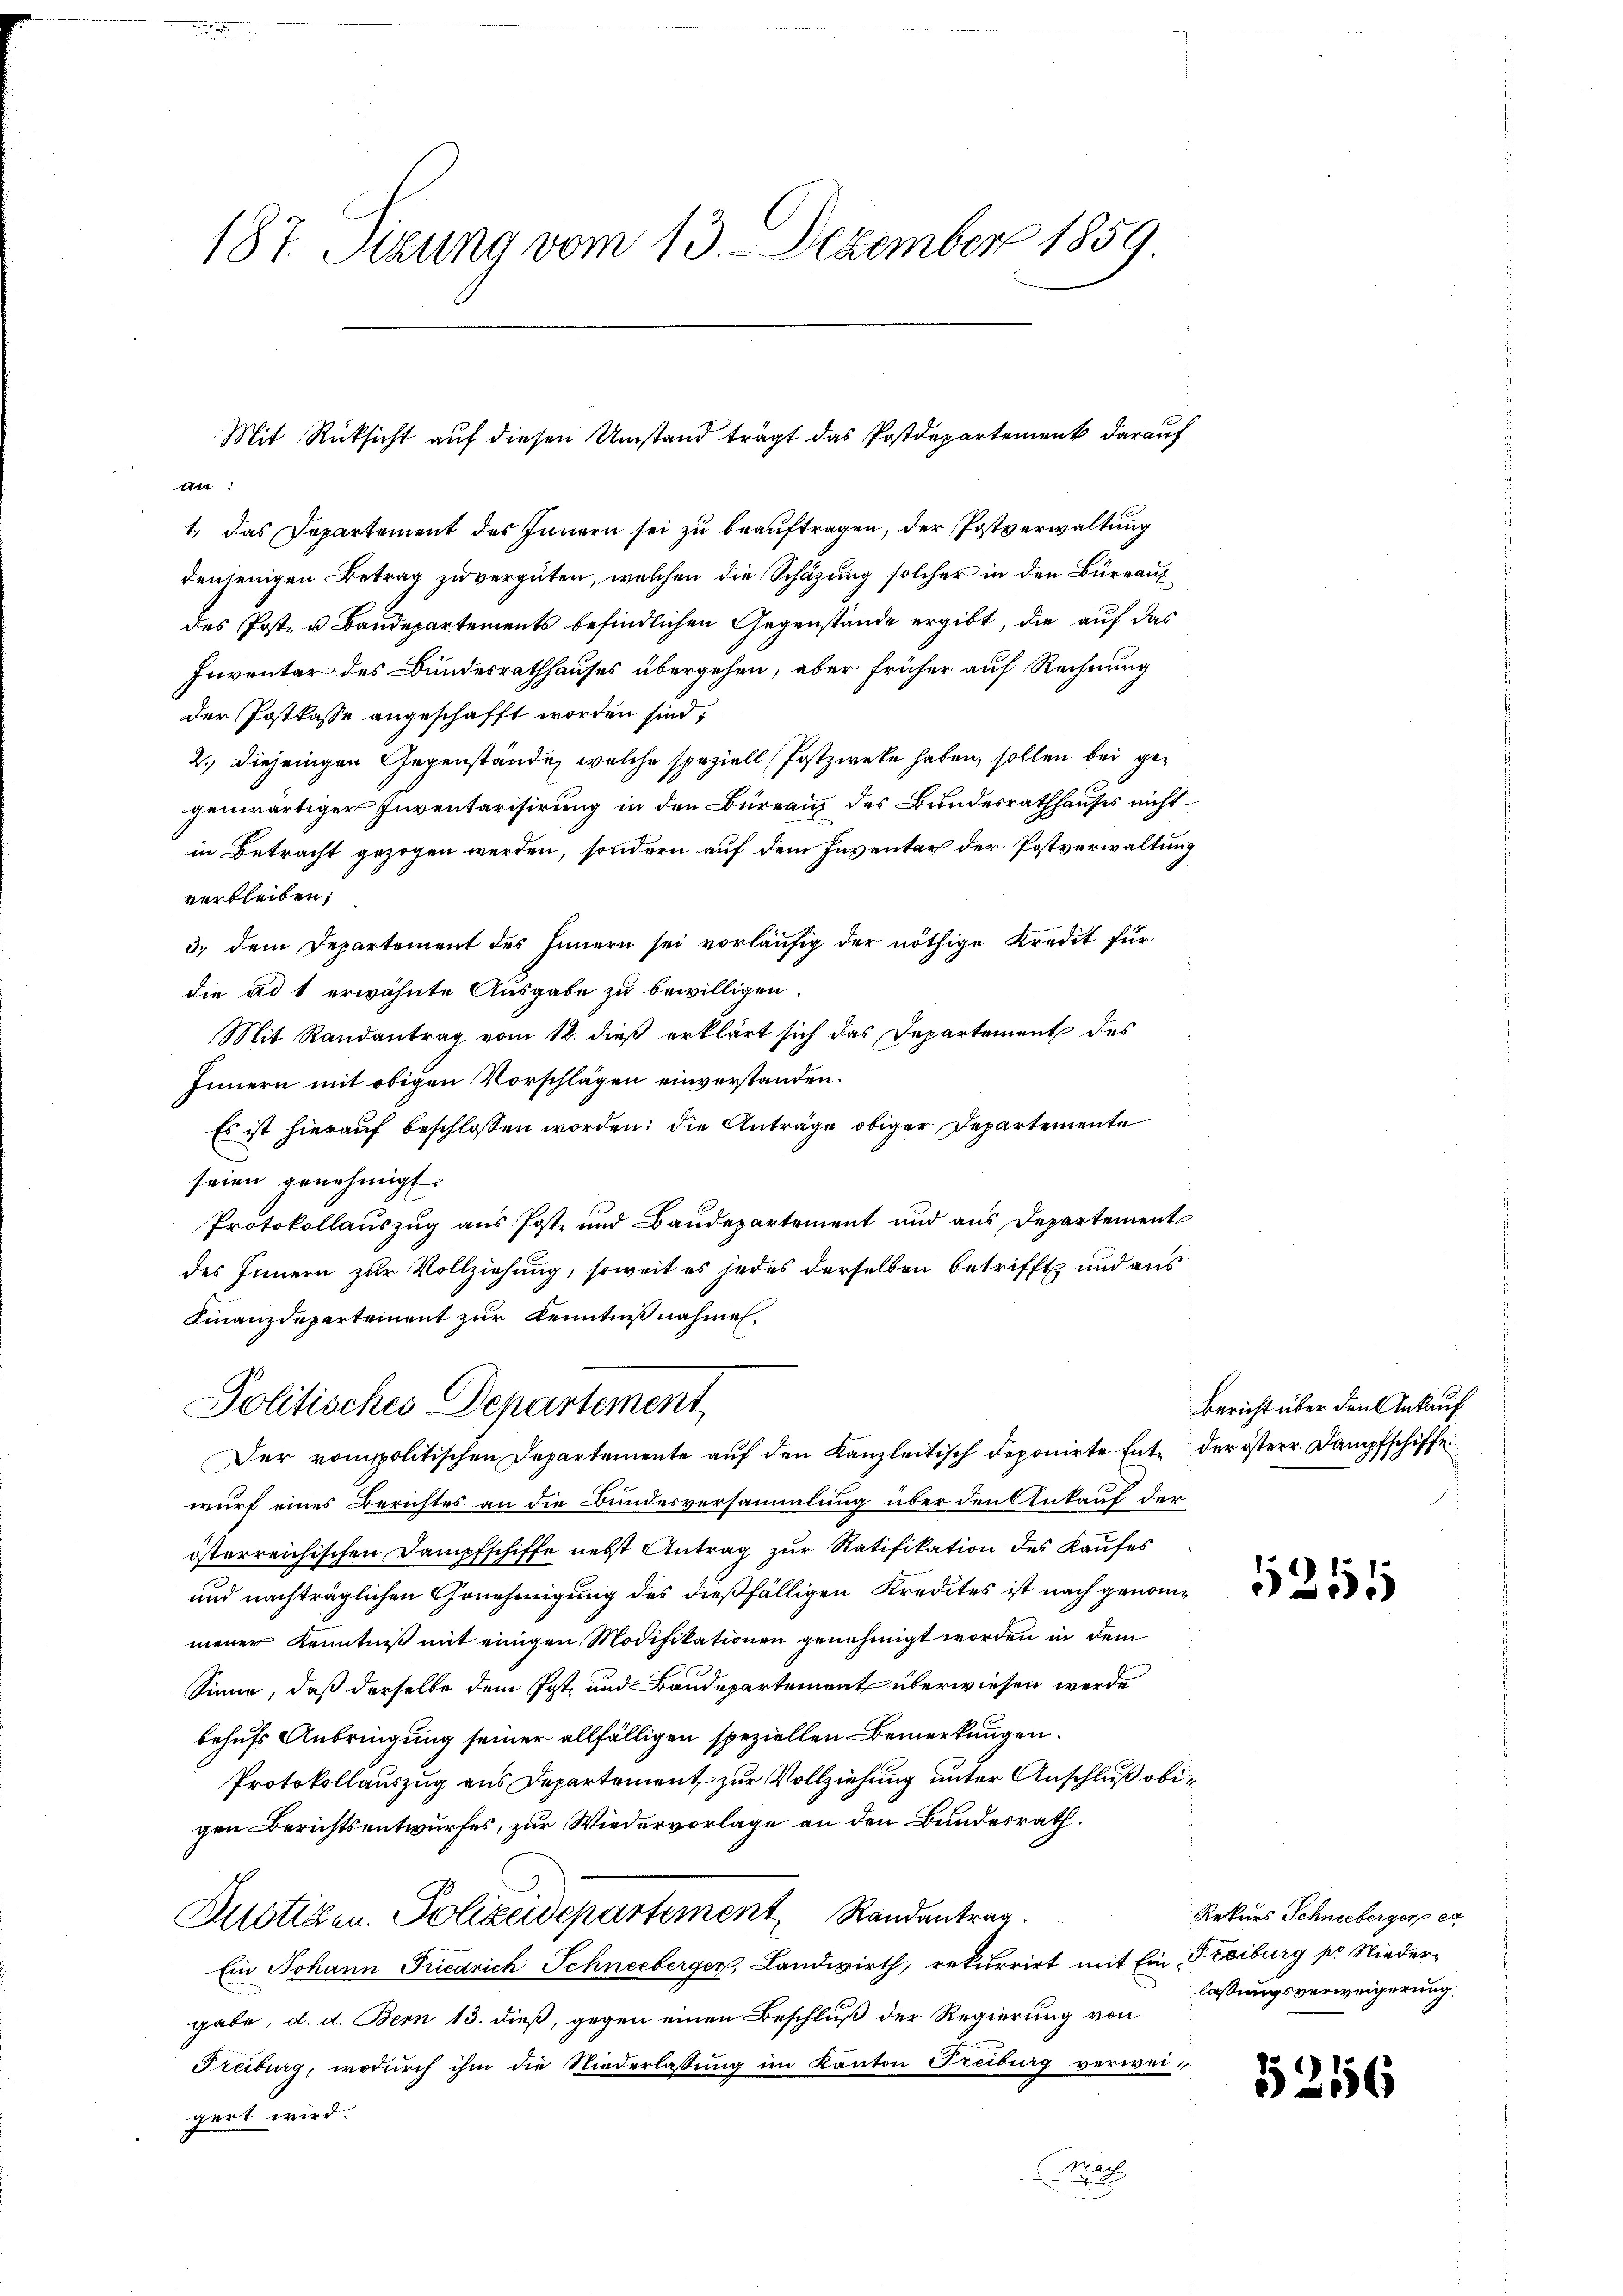
187. Setzung vom 13. Dezember 1859

an:
1.) Das Departement des Innern sei zu beauftragen, der Postverwaltung
denjenigen Betrag zu vergüten, welchen die Schäzung solcher in den Büreaux
des Post- u Baudepartements befindlichen Gegenstände ergibt, die auf das
Inventar des Bundesrathhauses übergehen, aber früher auf Rechnung
der Postkasse angeschafft worden sind,
2., diejenigen Gegenstände, welche speziell Postzweke haben, sollen bei gegenwärtiger Inventarisirung in den Bureaus des Bundesrathhauses nicht
in Betracht gezogen werden, sondern auf dem Inventar der Postverwaltung
verbleiben;
3) dem Departement des Innern sei vorläufig der nöthige Kredit für
die ad 1 erwähnte Ausgabe zu bewilligen.
Mit Randantrag vom 12. dieß erklärt sich das Departement des
Innern mit obigen Vorschlägen einverstanden.
Es ist hierauf beschlossen worden; die Anträge obiger Departemente
seien genehmigt.
Protokollauszug aus Post- und Baudepartement und aus Departement
des Innern zur Vollziehung, soweit es jedes derselben betrifft und aus
Finanzdepartement zur Kenntniß nahmen.
Politisches Departement
Der romppolitischen Departemente auf den Kanzleitisch deponirte Ent- der österr. Dampfschiffe
wurf eines Berichtes an die Bundesversammlung über den Ankauf der
österreichischen Dampfschiffe nebst Antrag zur Ratifikation des Kaufes
und nachträglichen Genehmigung des dießfälligen Kredites ist nach genommener Kenntniß mit einigen Modifikationen genehmigt worden in dem
Sinne, daß derselbe dem Post, und Baudepartement überwiesen werde
behufs Anbringung seiner allfälligen speziellen Bemerkungen
Protokollauszug aus Departement zur Vollziehung unter Anschluß obigen Berichtsentwurfes, zur Wiedervorlage an den Bundesrath.
Zustigen. Polizeidepartement Randantrag
Ein Johann Friedrich Schneeberger, Landwirth, rekurrirt mit Ein Freiburg pr Nieder-
gabe, d. d. Bern 13. dieß, gegen einen Beschluß der Regierung von
Freiburg, wodurch ihm die Niederlassung im Kanton Treiburg verweigert wird.
Praf

Mit Rücksicht auf diesen Umstand trägt das Postdepartement darauf

Bericht über den Ankauf

5211

Rekurs Schneeberger er
lassungsverweigerung,

5216